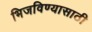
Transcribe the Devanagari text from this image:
भिजविण्यासाठी